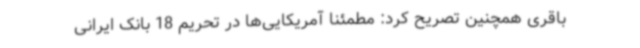
باقری همچنین تصریح کرد: مطمئنا آمریکایی‌ها در تحریم 18 بانک ایرانی